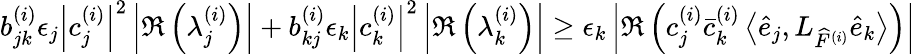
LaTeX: b_{jk}^{(i)}\epsilon_{j}\left|c_{j}^{(i)}\right|^{2}\left|\Re\left(\lambda_{j}^{(i)}\right)\right|+b_{kj}^{(i)}\epsilon_{k}\left|c_{k}^{(i)}\right|^{2}\left|\Re\left(\lambda_{k}^{(i)}\right)\right|\geq\epsilon_{k}\left|\Re\left(c_{j}^{(i)}\bar{c}_{k}^{(i)}\left\langle\widehat{e}_{j},L_{\widehat{F}^{(i)}}\widehat{e}_{k}\right\rangle\right)\right|